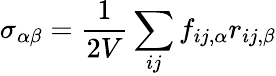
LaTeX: \sigma_{\alpha\beta}=\frac{1}{2V}\sum_{ij}^{}f_{ij,\alpha}r_{ij,\beta}